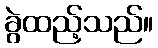
ခွဲထည့်သည်။